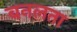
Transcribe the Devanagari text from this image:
बनलता